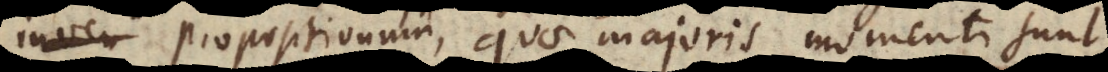
propositionum, quae majoris momenti sun